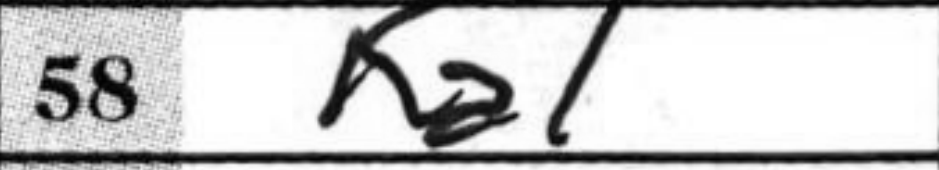
Transcription: Ka1